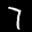
Label: 7